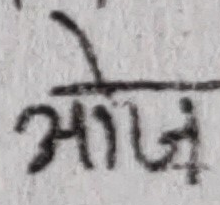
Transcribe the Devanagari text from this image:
आज